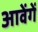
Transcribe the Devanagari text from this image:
आवेंगें